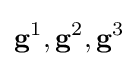
\mathbf {g} ^{1},\mathbf {g} ^{2},\mathbf {g} ^{3}